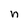
Character: n